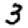
Digit: 3